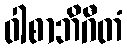
ဝါစာဘိဂီတံ